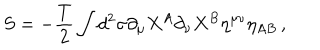
S = - \frac { T } { 2 } \int d ^ { 2 } \sigma \partial _ { \mu } X ^ { A } \partial _ { \nu } X ^ { B } \eta ^ { \mu \nu } \eta _ { A B } \, ,